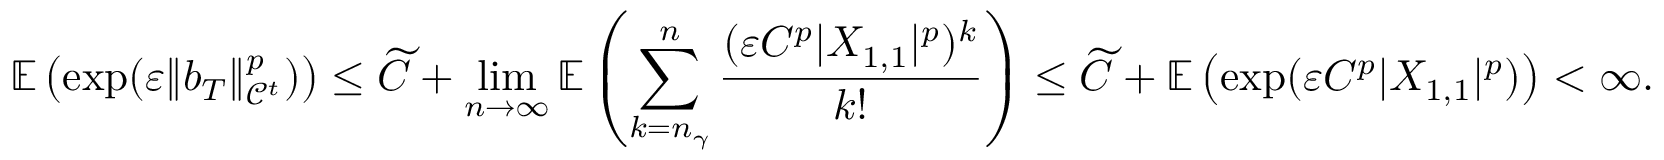
\mathbb { E } \left( \exp ( \ensuremath { \varepsilon } \| b _ { T } \| _ { \mathcal { C } ^ { t } } ^ { p } ) \right) \le \widetilde C + \operatorname* { l i m } _ { n \to \infty } \mathbb { E } \left( \sum _ { k = n _ { \gamma } } ^ { n } \frac { ( \ensuremath { \varepsilon } C ^ { p } | X _ { 1 , 1 } | ^ { p } ) ^ { k } } { k ! } \right) \le \widetilde C + \mathbb { E } \left( \exp ( \ensuremath { \varepsilon } C ^ { p } | X _ { 1 , 1 } | ^ { p } ) \right) < \infty .